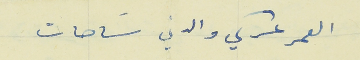
العمر عركي والدني سَاحات